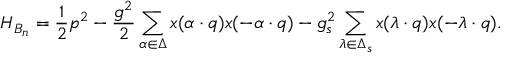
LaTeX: { \cal H } _ { B _ { n } } = { \frac { 1 } { 2 } } p ^ { 2 } - { \frac { g ^ { 2 } } { 2 } } \sum _ { \alpha \in \Delta } x ( \alpha \cdot q ) x ( - \alpha \cdot q ) - { g _ { s } ^ { 2 } } \sum _ { \lambda \in \Delta _ { s } } x ( \lambda \cdot q ) x ( - \lambda \cdot q ) .